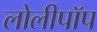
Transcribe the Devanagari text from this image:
लोलीपॉप